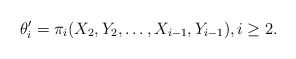
\begin{align*}\theta'_i=\pi_i(X_2,Y_2,\dots,X_{i-1},Y_{i-1}), i\ge 2.\end{align*}